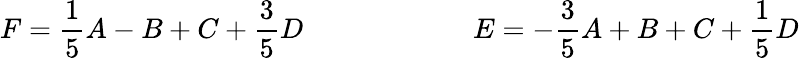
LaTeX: F=\frac{1}{5}A-B+C+\frac{3}{5}D\qquad\qquad\qquad E=-\frac{3}{5}A+B+C+\frac{1}{5}D